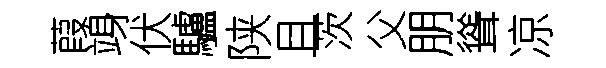
葭竧伏驢陕且茨父朋聳凉